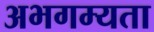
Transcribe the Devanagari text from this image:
अभगम्यता